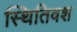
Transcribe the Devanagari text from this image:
स्थितिवश